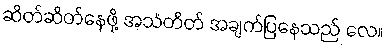
ဆိတ်ဆိတ်နေဖို့ အသံတိတ် အချက်ပြနေသည် လေ။